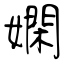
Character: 嫻